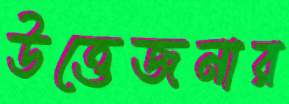
উত্তেজনার